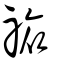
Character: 祣